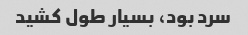
سرد بود، بسیار طول کشید